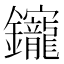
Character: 𨰧